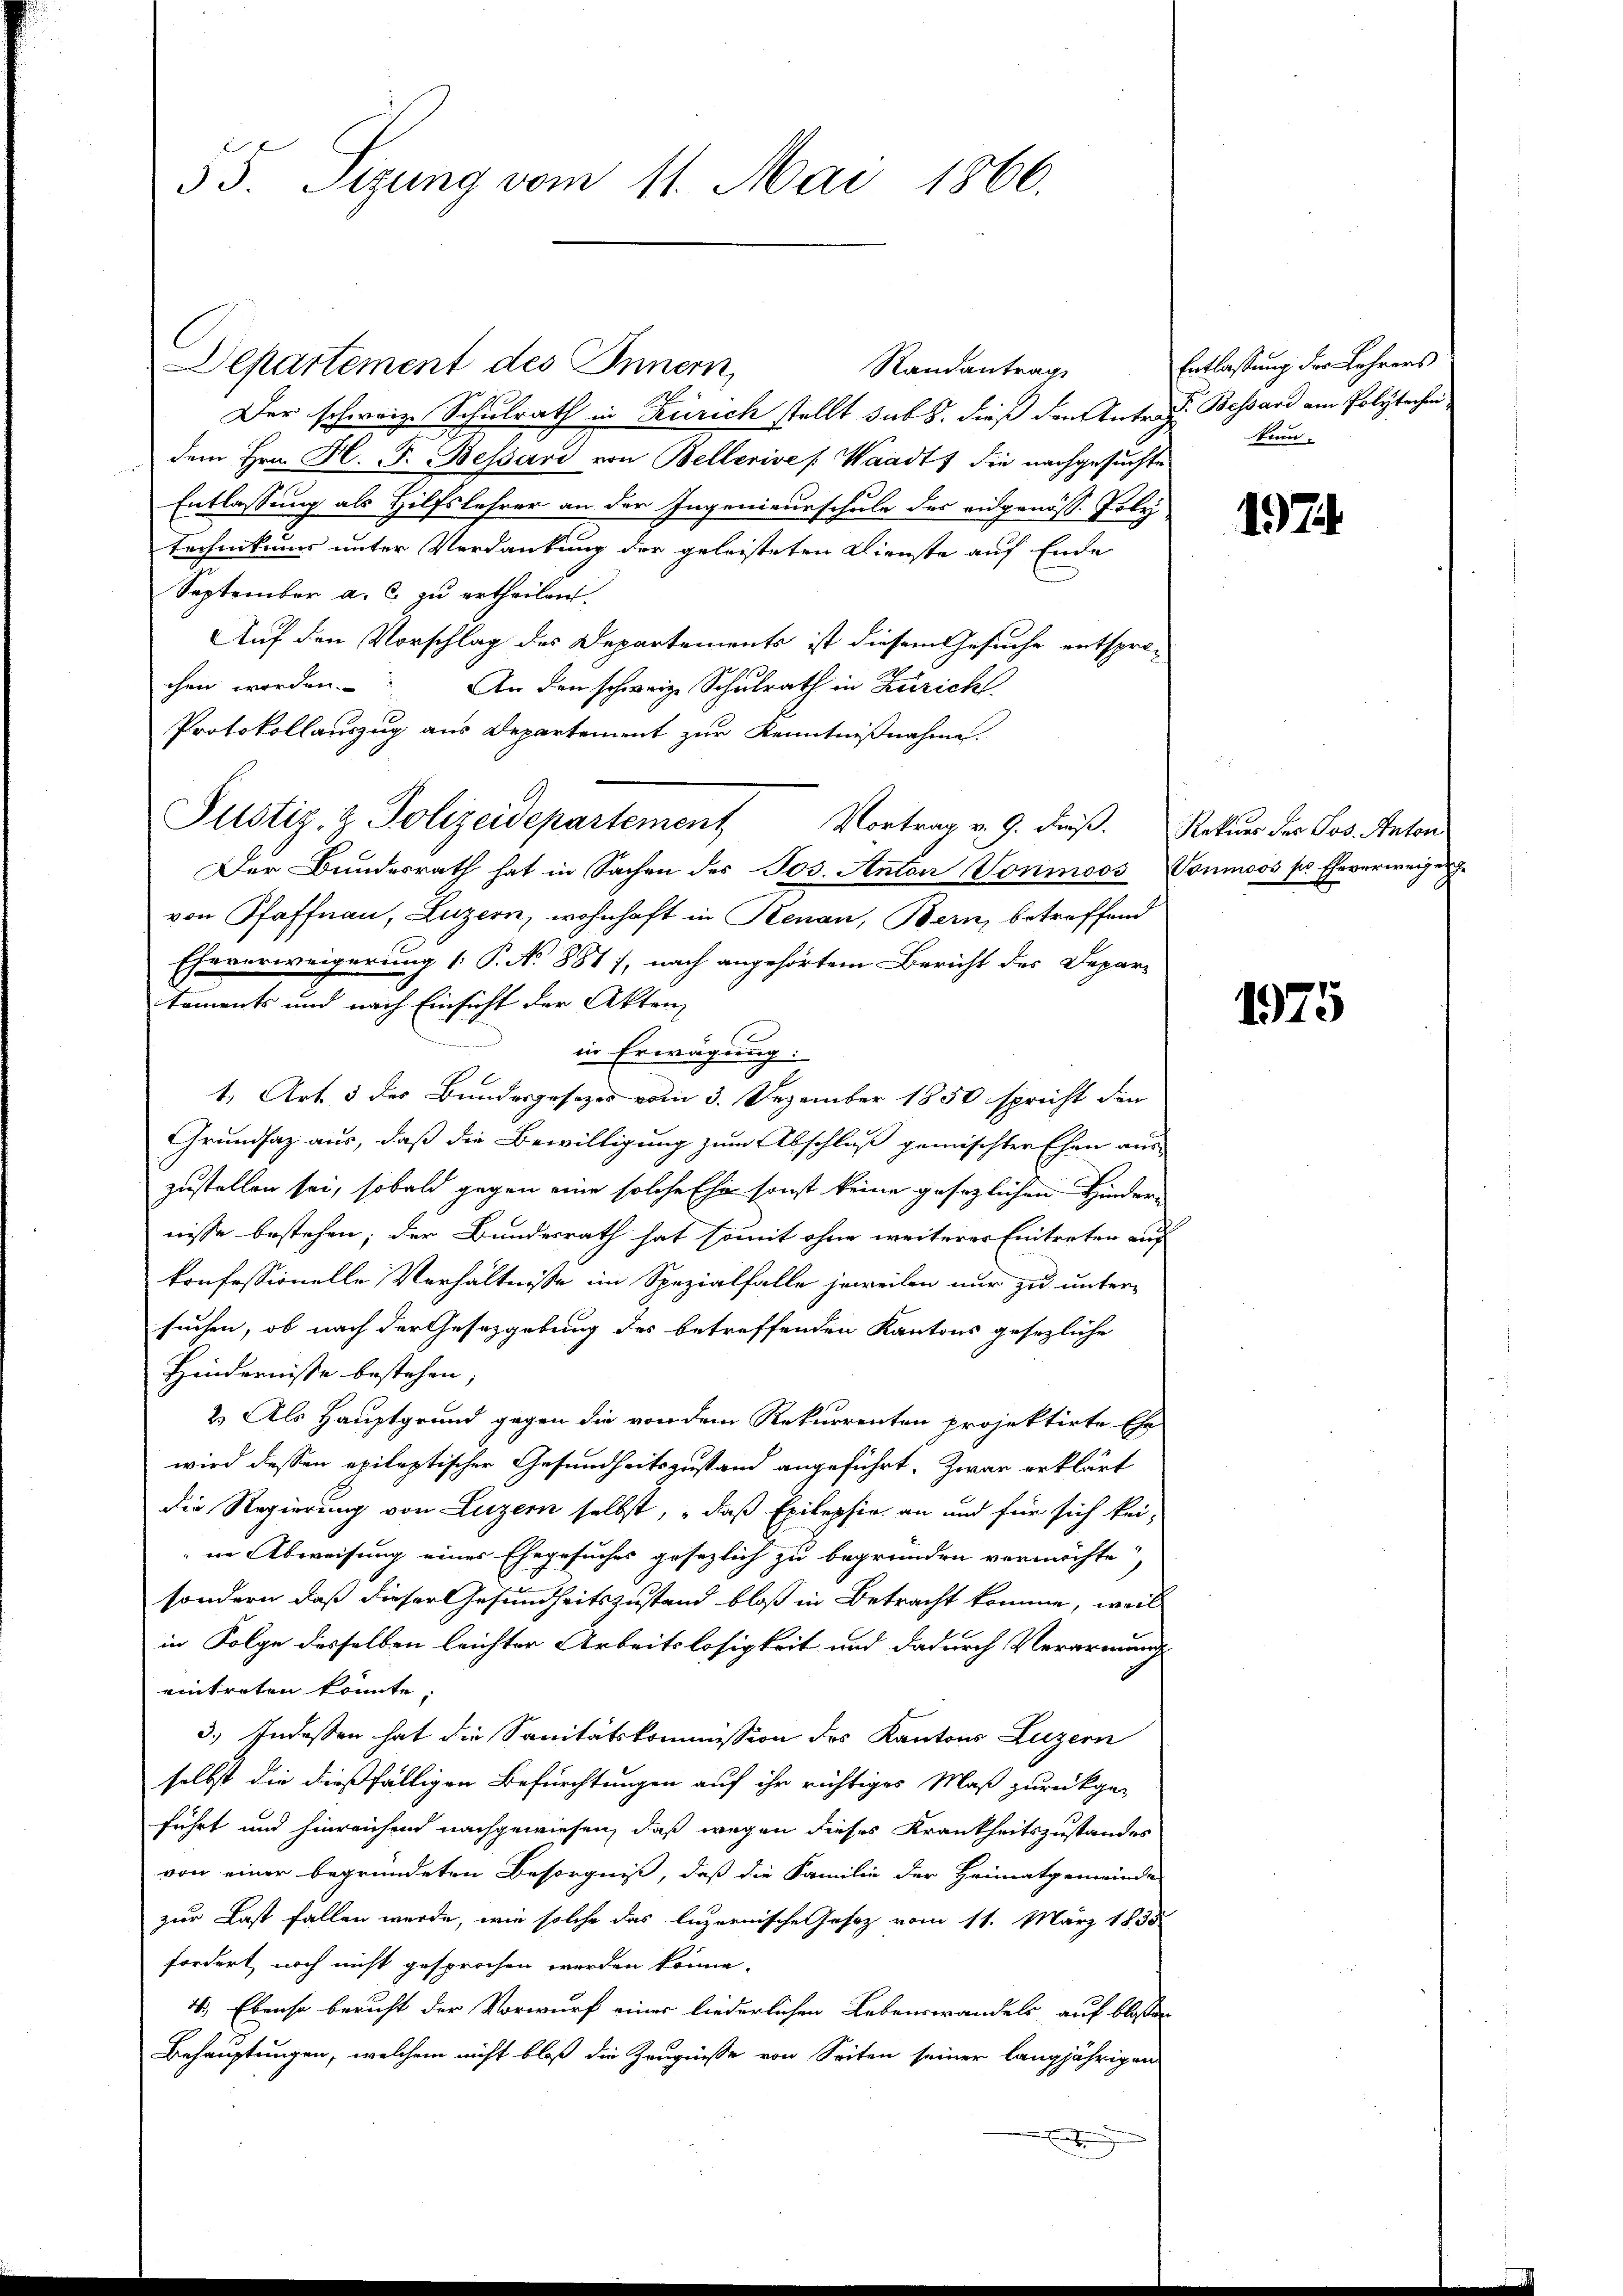
55. Sizung vom 11. Mai 1860.

Departement des Innern,
Randantrage
Der schweiz. Schulrath in Zürich stellt sub 8. dieß den Antr. d. Bessard am Polytechen
dem Hrn. H. F. Bessard von Bellerive /: Waadt, die nachgesuchte
Entlassung als Hilfslehrer an den Ingenieurschule des eidgenöss. Foly
Technikums unter Verdankung der geleisteten Dienste auf Ende
September a. c. zu ertheilen.
Auf den Vorschlag des Departements ist diesem Gesuche entsprochen worden. An den schweize Schulrath in Zürich
Protokollauszug aus Departement zur Kenntnißnahme.
Der Bundesrath hat in Sachen des Jos. Anton Voninoos, Vonmoos pr Eheverweigung
von Pfaffnau, Luzern, wohnhaft in Renau, Bern, betreffend
Eheverweigerung [ P. N. 881), nach angehörtem Bericht des Depar-
taments und nach Einsicht der Akten,
1
in Erwägung:
1. Art. 3 des Bundesgesezes vom 3. Dezember 1850 spricht den
Grundsaz aus, daß die Bewilligung zum Abschluß gemischten Ehen aus
zustellen sei, sobald gegen eine solche Ehe sonst keine gesezlichen Hinder
nisse bestehen; der Bundesrath hat somit ohne weiterer Eintreten auf
konfessionelle Verhältnisse im Spezialfalle jeweilen nur zu unter-
suchen, ob nach der Gesetzgebung des betreffenden Kantons gesezliche
Hindernisse bestehen;
2.) Als Hauptgrund gegen die von dem Rekurrenten projektirte Ehe-
wird dessen epileptischer Gesundheitszustand angeführt. Zwar erklärt
die Regierung von Luzern selbst, „daß Epilepsie an und für sich kei-
ne Abweisung eines Ehegesuches gesezlich zu begründen vermöchte,
sondern, daß dieser Gesundheitszustand bloß in Betracht komme, weil
in Folge desselben leichter Arbeitslosigkeit und dadurch Verarmundst
eintreten könnte.
3.) Indessen hat die Sanitätskommission des Kantons Luzern
selbst die dießfälligen Befürchtungen auf ihr richtiges Maß zurückgeführt und hinreichen nachgewiesen, daß wegen dieses Krankheitszustandes
von einer begründeten Besorgniß, daß die Familie der Heimatgemeinde
zur Last fallen werde, wie solche das luzernische Gesetz vom 11. März 1835
fordert noch nicht gesprochen werden könne.
4.) Ebenso bericht der Vorwurf einer liederlichen Lebenswandels auf blossen
Behauptungen, welchem nicht bloß die Zeugnisse von Seiten seiner langjährigen

Justiz- & Polizeidepartement Vortrag v. 9. Fuß. Rekurs der Jos. Anton

Entlassung der Lehrers
tum.

197.

175